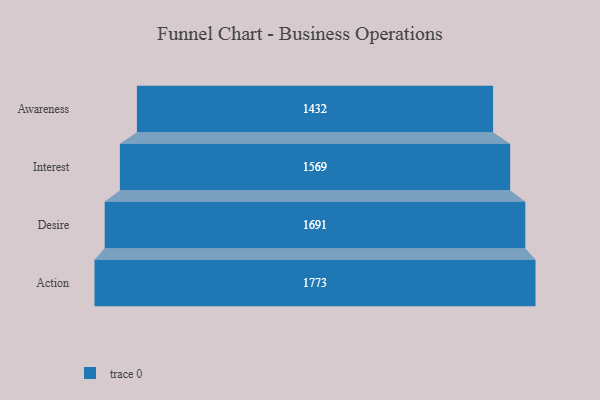
{"axis": {"x": "Stage", "y": "Value"}, "legend": [""], "data": [{"x": "Awareness", "y": 1432.0, "type": ""}, {"x": "Interest", "y": 1569.0, "type": ""}, {"x": "Desire", "y": 1691.0, "type": ""}, {"x": "Action", "y": 1773.0, "type": ""}]}